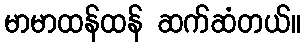
မာမာထန်ထန် ဆက်ဆံတယ်။